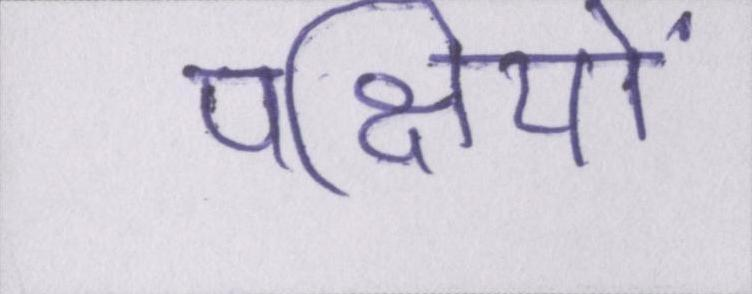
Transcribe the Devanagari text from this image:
पक्षियों